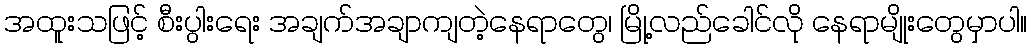
အထူးသဖြင့် စီးပွါးရေး အချက်အချာကျတဲ့နေရာတွေ၊ မြို့လည်ခေါင်လို နေရာမျိုးတွေမှာပါ။